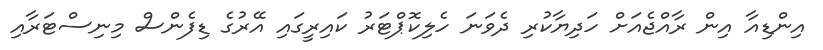
އިންޑިއާ އިން ރާއްޖެއަށް ހަދިޔާކުރި ދެވަނަ ހެލިކޮޕްޓަރު ކައިރީގައި އޭރުގެ ޑިފެންސް މިނިސްޓަރާއި